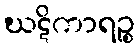
ဃဋိကာရဉ္စ